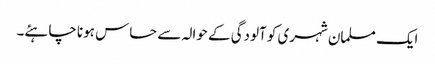
ایک مسلمان شہری کو آلودگی کے حوالہ سے حساس ہونا چاہئے۔